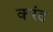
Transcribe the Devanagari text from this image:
करंद